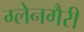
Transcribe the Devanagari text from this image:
ग्लेनगैरी